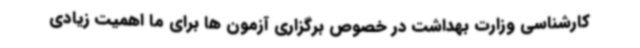
کارشناسی وزارت بهداشت در خصوص برگزاری آزمون ها برای ما اهمیت زیادی